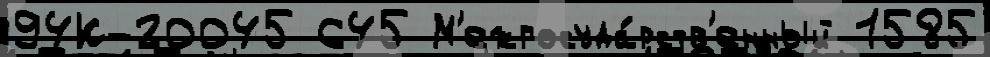
94К-20045 645 М'ежгосуда́рств'енный 1585